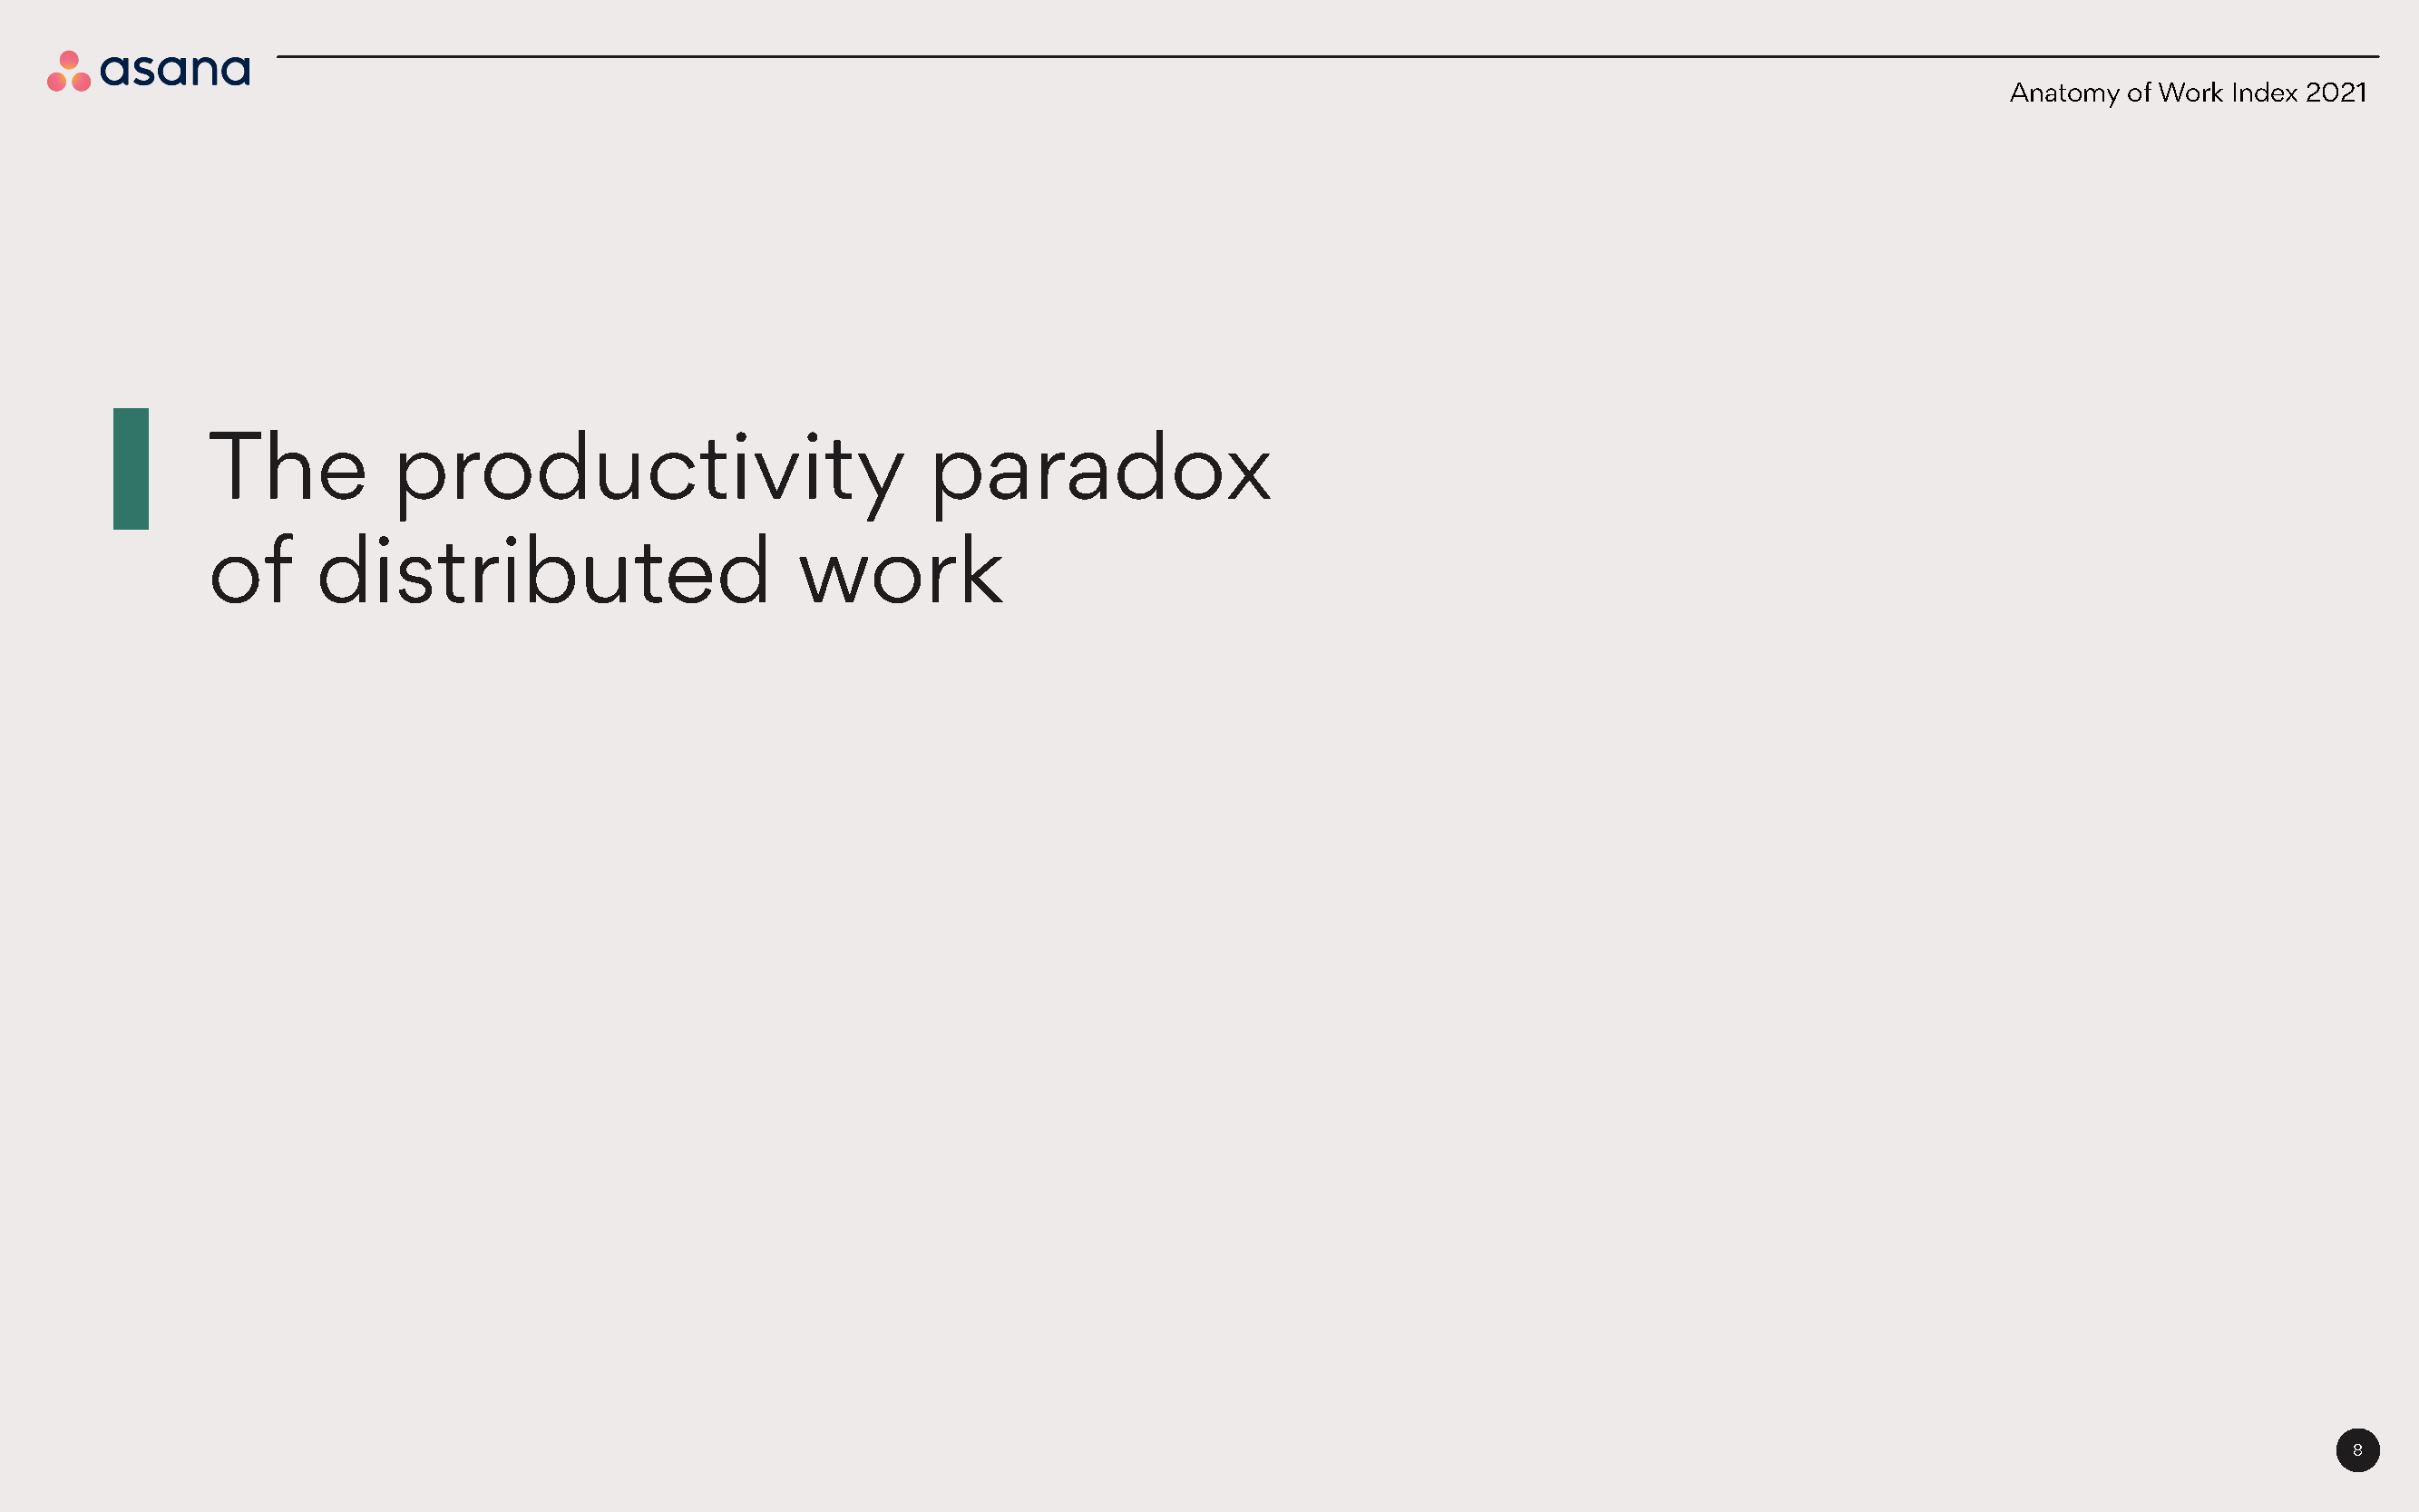
Anatomy of Work Index 2021
 The           productivity                           paradox
 of      distributed                        work
 8